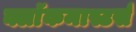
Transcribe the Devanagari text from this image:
क्लाॅकमास्टर्स